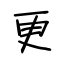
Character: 更